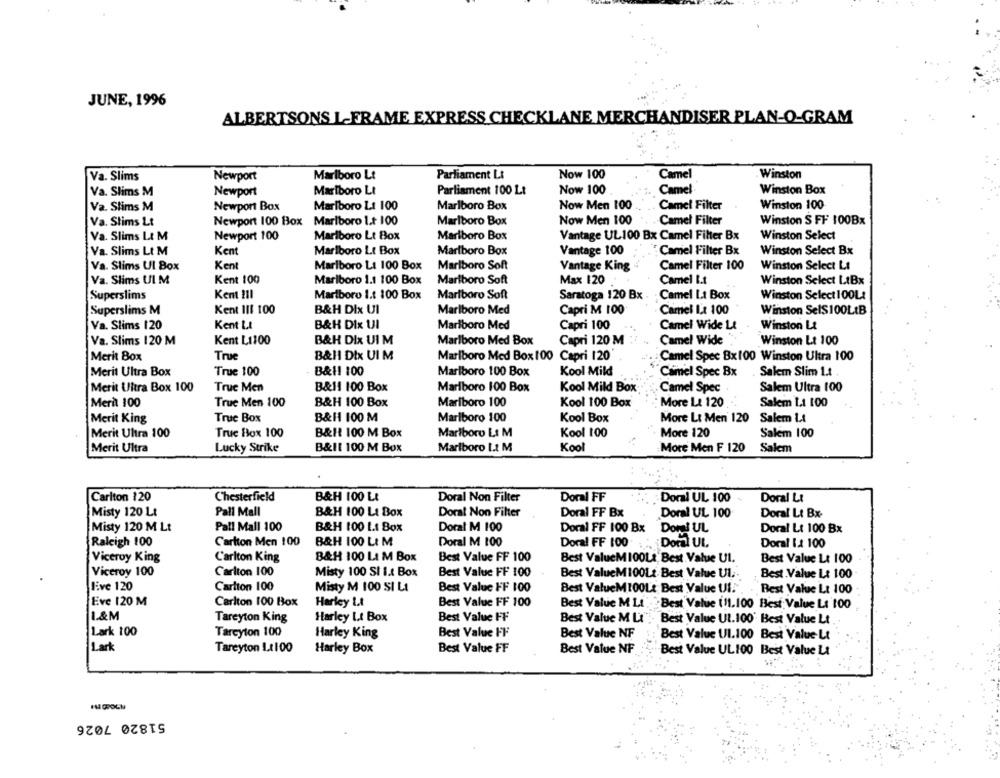
JUNE, 1996
ALBERTSONS L-FRAME EXPRESS CHECKLANE MERCHANDISER PLAN-O-GRAM
Va. Slims
Newport
Marlboro Lt
Parliament L&
Now 100
Camel
Winston
Va. Slims M
Newport
Marlboro Lt
Parliament 100 Lt
Now 100
Camel
Winston Box
Va. Slims M
Newport Box
Marlboro Lt 100
Marlboro Box
Now Men 100
Camel Filter
Winston 100
Va. Stims Lt
Newport 100 Box Marlboro 1.+ 100
Marlboro Box
Now Men 100
Camel Filter
Winston S FF 100Bx
Va. Slims Lt M
Newport 100
Marlboro Lt Box
Marlboro Box
Vantage UL100 Bx Camel Filter Bx
Winston Select
Va. Slims Lt M
Kent
Marlboro Lt Box
Marlboro Box
Vantage 100
"Camel Filter Bx
Winston Select Bx
Kent
Va. Slims Ul Box
Marlboro LA 100 Box
Marlboro Soft
Vantage King
Camel Filter 100
Winston Select LI
Va. Slims UI M
Kent 100
Marlboro 1.1 100 Box
Marlboro Soft
Max 120
Camel Lt
Winston Select LtBx
Superslims
Kent 211
Marlboro 1.t 100 Box
Marlboro Soft
Saratoga 120 Bx
Camel Lt Box
Winston Select 100Lt
Superslims M
Kent 111 100
B&H Dix UI
Marlboro Med
Capri M 100
Camel La 100
Winston SelS100LtB
Va. Slims 120
Kent Lt
B&H DIx UI
Marlboro Med
Capri 100
Camel Wide Lt
Winston Lt
Va. Slims 120 M
Kent L1100
B&H DIx UI M
Marlboro Med Box
Capri 120 M
Camel Wide
Winston Lt 100
Merit Box
True
B&HI Dtx UI M
Marlboro Med Box 100 Capri 120
Camel Spec 8x100 Winston Ultra 100
Merit Ultra Box
True 100
B&11 100
Marlboro 100 Box
Kool Mild
Camel Spec Bx
. Salem Slim Lt .
Merit Ultra Box 100
True Men
B&11 100 Box
Marlboro 100 Box
Kool Mild Box
Camel Spec
Salem Ultra 100
Meral 100
True Men 100
B&H 100 Box
Marlboro 100
Kool 100 Box
More Lt 120
Salem L1 100
Merit King
True Box
B&H 100 M
Marlboro 100
Kool Box
More Lt Men 120
Salem LA
Merit Ultra 100
True Box 100
B&H 100 M Box
Marlboro Lt M
Kool 100
More 120
Salem 100
Merit Ultra
Lucky Strike
B&It 100 M Box
Marlboro 1 .: M
Kool
More Men F 120
Salem
Carlton 120
Chesterfield
B&H 100 LE
Doral Non Filter
Doral FF
Doral UL 100
Doral Lt
Misty 120 Lt
Pall Mall
B&H 100 LA Box
Doral Non Filter
Doral FF Bx
Doral UL 100
Doral Lt Bx-
Misty 120 M Lt
Pall Mall 100
B&H 100 Lt Box
Doral M 100
Doral FF 100 Bx
Domes UL
Doral Lt 100 Bx
Raleigh 100
Carlton Men 100
B&H 100 Lt M
Doral M 100
Doral FF 100
Doral UL.
Doral la 100
Viceroy King
Carlton King
B&H 100 LI M Box
Best Value FF 100
Best ValueM 100La Best Value UI.
Best Value Lt 100
Viceroy 100
Carlton 100
Misty 100 SI 1.x Box
Best Value FF 100
Best ValueM100Lt Best Value Ul.
Best Value Lt 100
Five 120
Carlton 100
Misty M 100 SI LA
Best Value FF 100
Best ValueMIO0Lt Best Value UI.
Best Value Lt 100
Eve 120 M
Carlton 100 Box
Harley Lt
Best Value FF 100
Best Value M Lt
Best Value (11.100 Best Value Lt 100
1.&M
Tareyton King
Harley Lt Box
Best Value FF
Best Value M Li
- Best Value Ut.100' Best Value Lt
Lark 100
Tarcylon 100
Harley King
Best Value FF
Best Value NF
Best Value UI.100 Best Value-Lt
Lark
Tareyton 1.1100
Harley Box
Best Value FF
Best Value NF
Best Value UL100 Best Value Lt
51820 7026